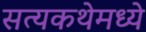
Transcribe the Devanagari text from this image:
सत्यकथेमध्ये